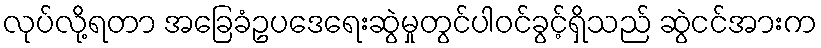
လုပ်လို့ရတာ အခြေခံဥပဒေရေးဆွဲမှုတွင်ပါဝင်ခွင့်ရှိသည် ဆွဲငင်အားက